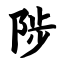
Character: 陟